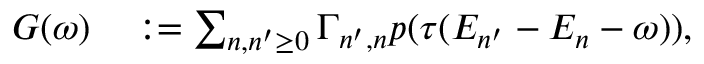
\begin{array} { r l } { G ( \omega ) } & { { } : = \sum _ { n , n ^ { \prime } \geq 0 } \Gamma _ { n ^ { \prime } , n } p ( \tau ( E _ { n ^ { \prime } } - E _ { n } - \omega ) ) , } \end{array}